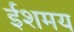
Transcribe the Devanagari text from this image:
ईशमय